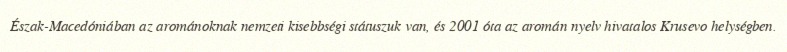
Észak-Macedóniában az arománoknak nemzeti kisebbségi státuszuk van, és 2001 óta az aromán nyelv hivatalos Krusevo helységben.